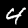
Digit: 4